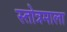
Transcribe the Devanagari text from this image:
स्तोत्रमाला